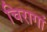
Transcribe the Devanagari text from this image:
चिरागां